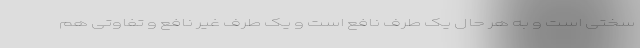
سختی است و به هر حال یک طرف نافع است و یک طرف غیر نافع و تفاوتی هم